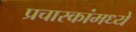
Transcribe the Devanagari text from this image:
प्रचारकांमध्ये